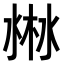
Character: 𣷘